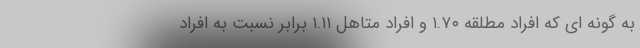
به گونه ای که افراد مطلقه ۱.۷۰ و افراد متاهل ۱.۱۱ برابر نسبت به افراد